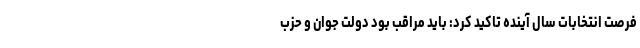
فرصت انتخابات سال آینده تاکید کرد: باید مراقب بود دولت جوان و حزب‌